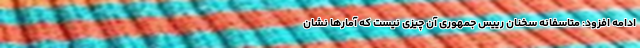
ادامه افزود: متاسفانه سخنان رییس جمهوری آن چیزی نیست که آمارها نشان